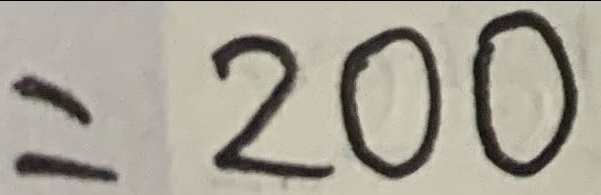
= 2 0 0